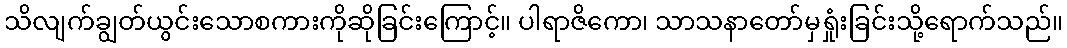
သိလျက်ချွတ်ယွင်းသောစကားကိုဆိုခြင်းကြောင့်။ ပါရာဇိကော၊ သာသနာတော်မှရှုံးခြင်းသို့ရောက်သည်။